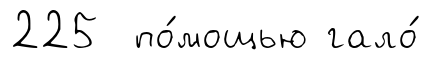
225 по́мощью гало́